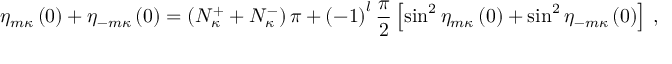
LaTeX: \eta _ { m \kappa } \left( 0 \right) + \eta _ { - m \kappa } \left( 0 \right) = \left( N _ { \kappa } ^ { + } + N _ { \kappa } ^ { - } \right) \pi + \left( - 1 \right) ^ { l } \frac { \pi } { 2 } \left[ \sin ^ { 2 } \eta _ { m \kappa } \left( 0 \right) + \sin ^ { 2 } \eta _ { - m \kappa } \left( 0 \right) \right] \, ,